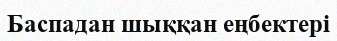
Баспадан шыққан еңбектері